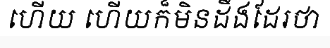
ហើយ ហើយក៏មិនដឹងដែរថា